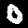
Digit: 0